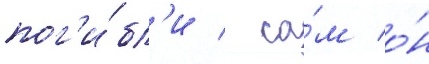
пог'и́бл'и / са́м о́н